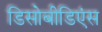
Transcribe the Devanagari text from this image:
डिसोबीडिएंस